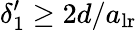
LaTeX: \delta_{1}^{\prime}\geq 2d/a_{\mathrm{lr}}